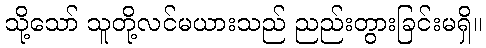
သို့သော် သူတို့လင်မယားသည် ညည်းတွားခြင်းမရှိ။